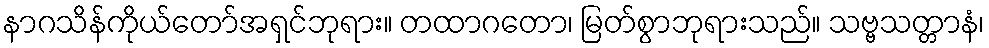
နာဂသိန်ကိုယ်တော်အရှင်ဘုရား။ တထာဂတော၊ မြတ်စွာဘုရားသည်။ သဗ္ဗသတ္တာနံ၊